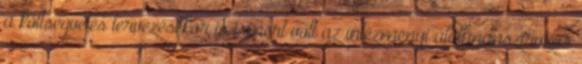
a költségvetés tervezésekor is ismert volt az intézményi alulfinanszírozás